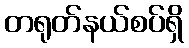
တရုတ်နယ်စပ်ရှိ